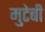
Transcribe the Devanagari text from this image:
मुटेबी